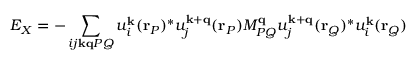
E _ { X } = - \sum _ { i j \mathbf { k } \mathbf { q } P Q } u _ { i } ^ { \mathbf { k } } ( \mathbf { r } _ { P } ) ^ { * } u _ { j } ^ { \mathbf { k } + \mathbf { q } } ( \mathbf { r } _ { P } ) M _ { P Q } ^ { \mathbf { q } } u _ { j } ^ { \mathbf { k } + \mathbf { q } } ( \mathbf { r } _ { Q } ) ^ { * } u _ { i } ^ { \mathbf { k } } ( \mathbf { r } _ { Q } )